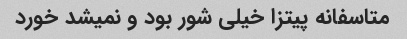
متاسفانه پیتزا خیلی شور بود و نمیشد خورد